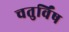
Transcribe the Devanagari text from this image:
चतुर्विंष